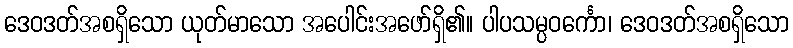
ဒေဝဒတ်အစရှိသော ယုတ်မာသော အပေါင်းအဖော်ရှိ၏။ ပါပသမ္ပဝင်္ကော၊ ဒေဝဒတ်အစရှိသော